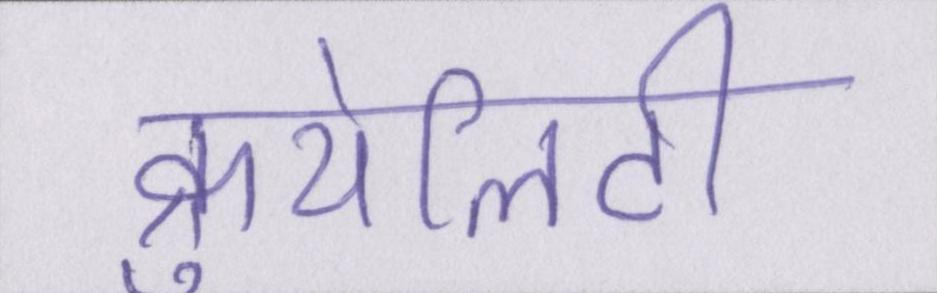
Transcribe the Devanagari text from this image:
क्रुयेलिटी